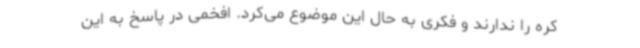
کره را ندارند و فکری به حال این موضوع می‌کرد. افخمی در پاسخ به این